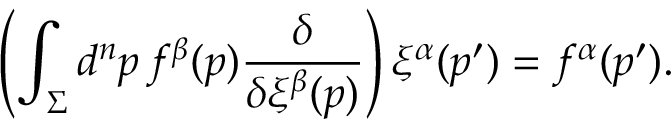
\left( \int _ { \Sigma } d ^ { n } p \, f ^ { \beta } ( p ) { \frac { \delta } { \delta \xi ^ { \beta } ( p ) } } \right) \xi ^ { \alpha } ( p ^ { \prime } ) = f ^ { \alpha } ( p ^ { \prime } ) .